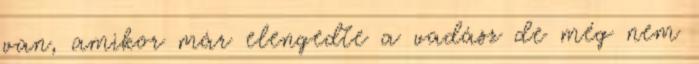
van, amikor már elengedte a vadász de még nem